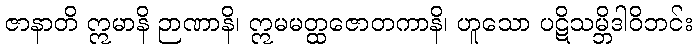
ဇာနာတိ ဣမာနိ ဉာဏာနိ၊ ဣမမတ္ထဇောတကာနိ၊ ဟူသော ပဋိသမ္ဘိဒါဝိဘင်း